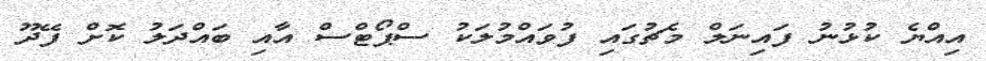
އިއްޔެ ކުޅުނު ފައިނަލް މެޗުގައި ފުވައްމުލަކު ސްޕޯޓްސް އާއި ބައްދަލު ކޮށް ފޭދޫ